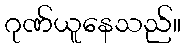
ဂုဏ်ယူနေသည်။